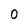
Character: 0